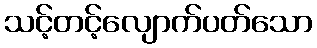
သင့်တင့်လျောက်ပတ်သော